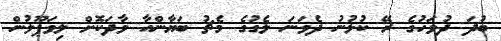
ބުދަ ދުވަހުގެ ރޭ ކުޅުނު ދެވަނަ ލެގުގެ މެޗު ބަޔާންއާ ވާދަކޮށް ލިވަޕޫލުން